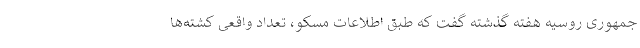
جمهوری روسیه هفته گذشته گفت که طبق اطلاعات مسکو، تعداد واقعی کشته‌ها